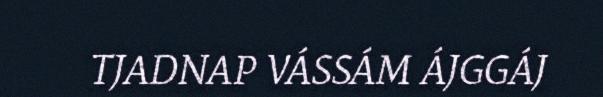
TJADNAP VÁSSÁM ÁJGGÁJ